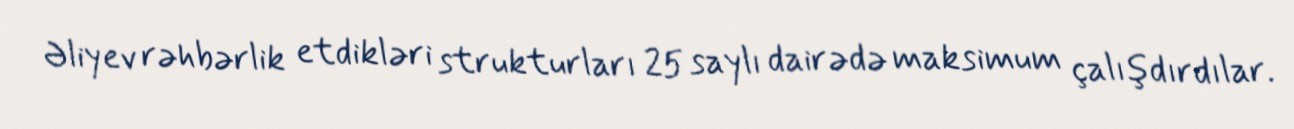
Əliyev rəhbərlik etdikləri strukturları 25 saylı dairədə maksimum çalışdırdılar.